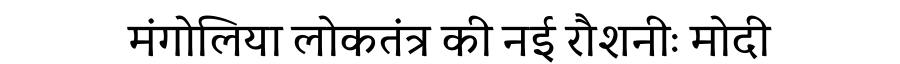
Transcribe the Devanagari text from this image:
मंगोलिया लोकतंत्र की नई रौशनीः मोदी